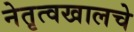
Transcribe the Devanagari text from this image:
नेतृत्वखालचे